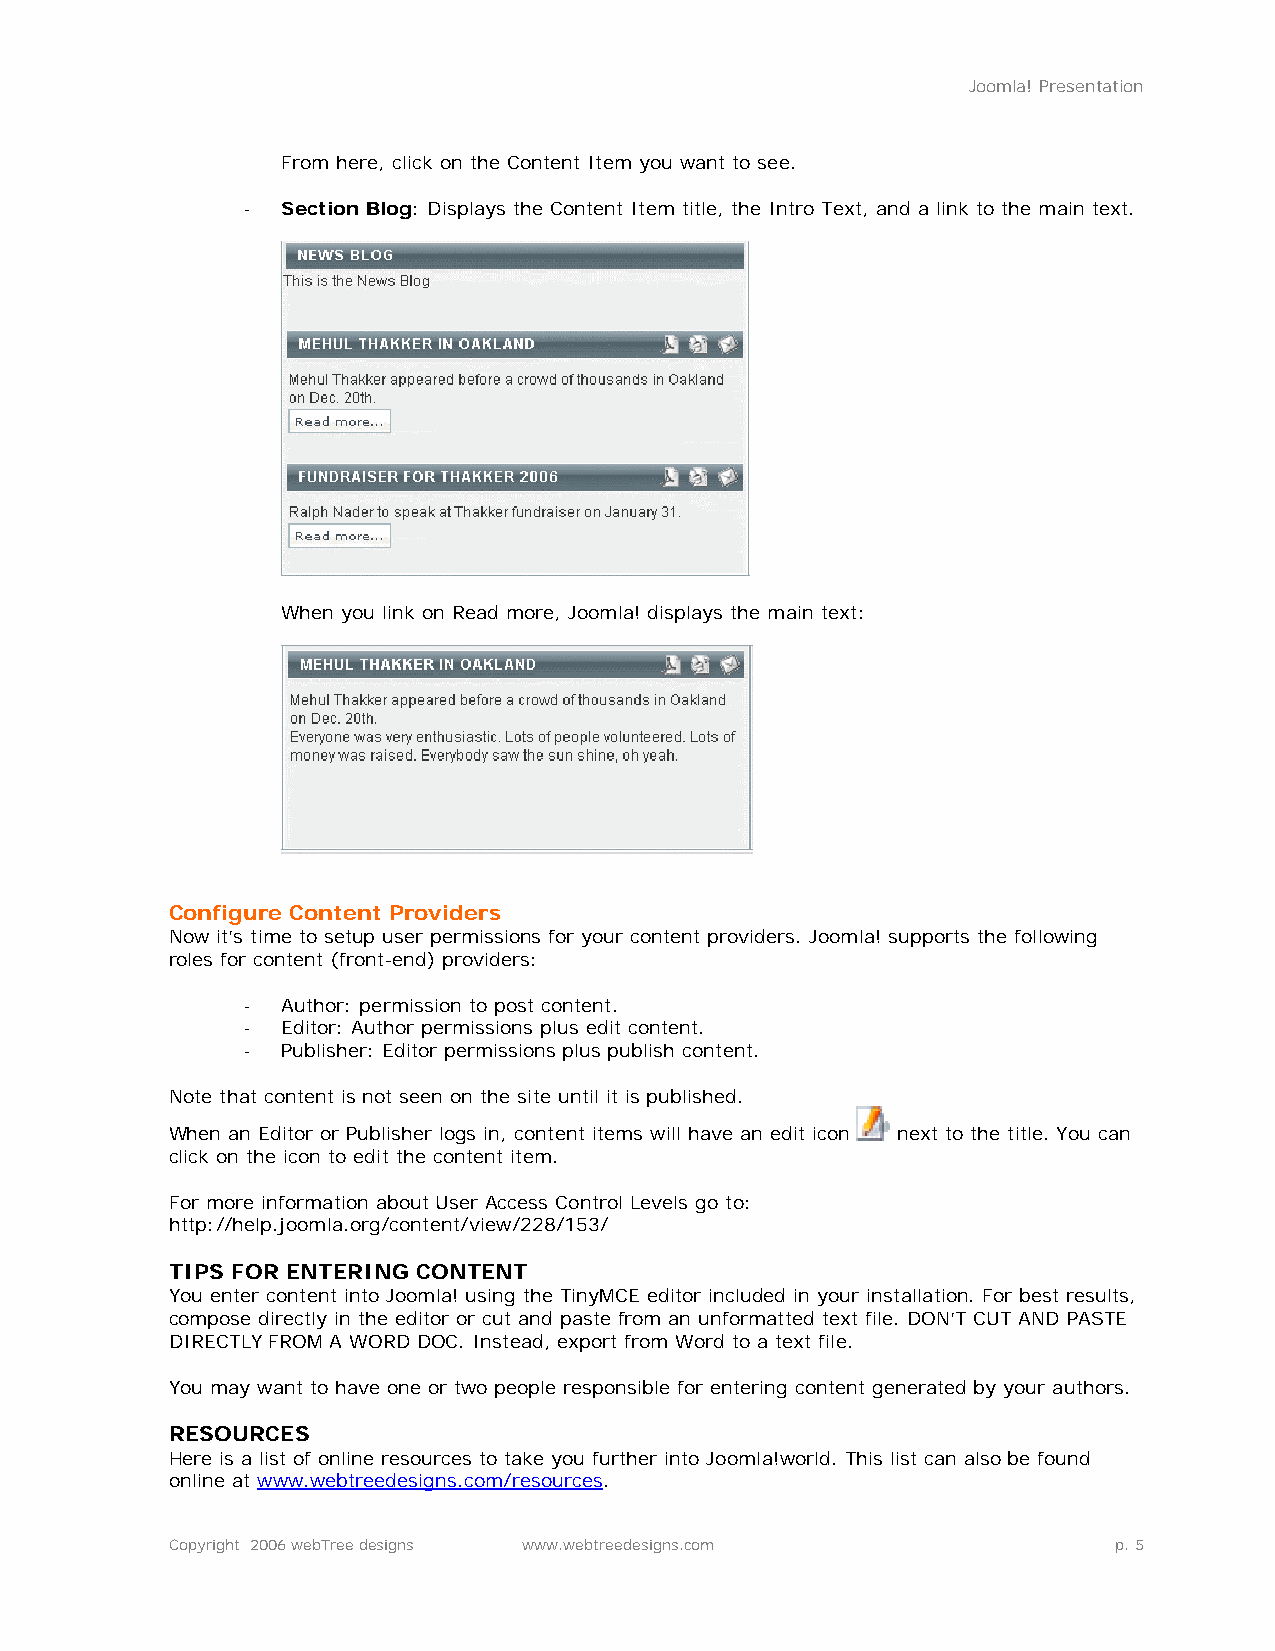
Joomla! Presentation
 From here, click on the Content Item you want to see.
 -  Section Blog: Displays the Content Item title, the Intro Text, and a link to the main text.
 When you link on Read more, Joomla! displays the main text:
 Configure Content Providers
 Now it’s time to setup user permissions for your content providers. Joomla! supports the following
 roles for content (front-end) providers:
 -  Author: permission to post content.
 -  Editor: Author permissions plus edit content.
 -  Publisher: Editor permissions plus publish content.
 Note that content is not seen on the site until it is published.
 When an Editor or Publisher logs in, content items will have an edit icon next to the title. You can
 click on the icon to edit the content item.
 For more information about User Access Control Levels go to:
 http://help.joomla.org/content/view/228/153/
 TIPS FOR ENTERING CONTENT
 You enter content into Joomla! using the TinyMCE editor included in your installation. For best results,
 compose directly in the editor or cut and paste from an unformatted text file. DON’T CUT AND PASTE
 DIRECTLY FROM A WORD DOC. Instead, export from Word to a text file.
 You may want to have one or two people responsible for entering content generated by your authors.
 RESOURCES
 Here is a list of online resources to take you further into Joomla!world. This list can also be found
 online at www.webtreedesigns.com/resources.
 Copyright 2006 webTree designs www.webtreedesigns.com          p. 5